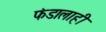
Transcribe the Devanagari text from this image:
फंडालाही